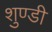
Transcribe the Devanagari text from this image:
शुण्डी